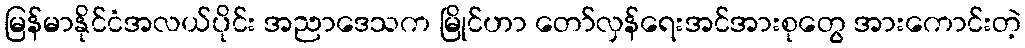
မြန်မာနိုင်ငံအလယ်ပိုင်း အညာဒေသက မြိုင်ဟာ တော်လှန်ရေးအင်အားစုတွေ အားကောင်းတဲ့